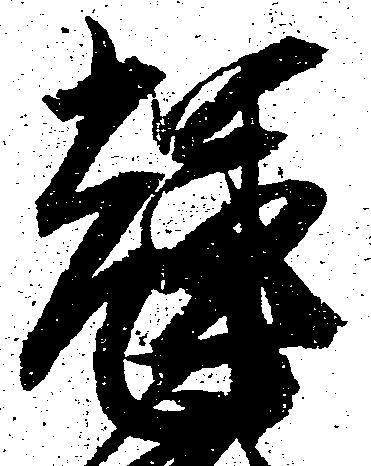
輝